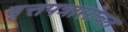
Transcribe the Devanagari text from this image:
वृत्तपत्रासोबत